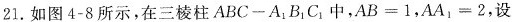
21. 如图4-8所示，在三棱柱ABC-A_{1}B_{1}C_{1}中，$$A B = 1$$，$$A A 1 = 2$$，设